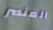
العنصر